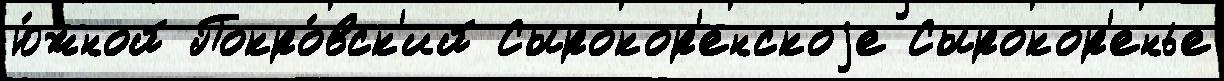
ю́жной Покро́вск'ий Сырокор'енскоjе Сырокор'енье